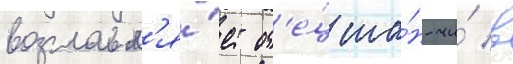
возглавл'я́ет от'е́ц ша́н-чи́ в